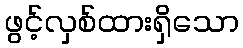
ဖွင့်လှစ်ထားရှိသော